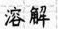
溶解